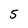
Character: 5